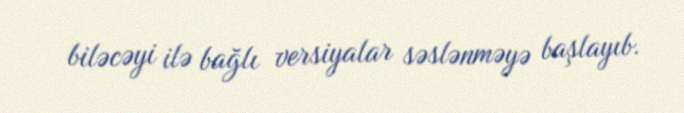
biləcəyi ilə bağlı versiyalar səslənməyə başlayıb.